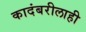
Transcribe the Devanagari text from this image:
कादंबरीलाही